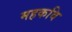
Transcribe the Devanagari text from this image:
महकवि